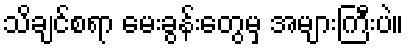
သိချင်စရာ မေးခွန်းတွေမှ အများကြီးပဲ။